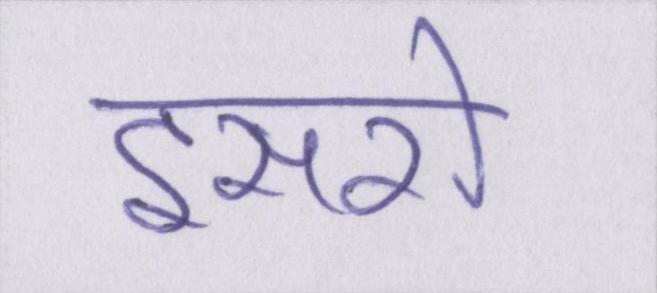
इसरो